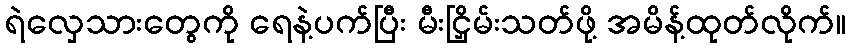
ရဲလှေသားတွေကို ရေနဲ့ပက်ပြီး မီးငြှိမ်းသတ်ဖို့ အမိန့်ထုတ်လိုက်။